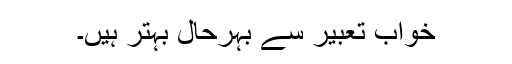
خواب تعبیر سے بہرحال بہتر ہیں۔